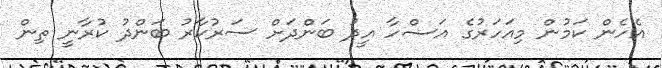
އެހެން ކަމުން މިއަހަރުގެ އަޟްހާ އީދު ބަންދަށް ސަރުކާރު ބަންދު ކުރާނީ ތިން